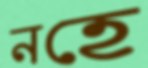
নহে